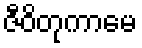
ဇီဝိတုကာမေ